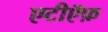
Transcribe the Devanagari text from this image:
एटीऍफ़